Jaan_Tonisson_(Lasteleht), lk 120
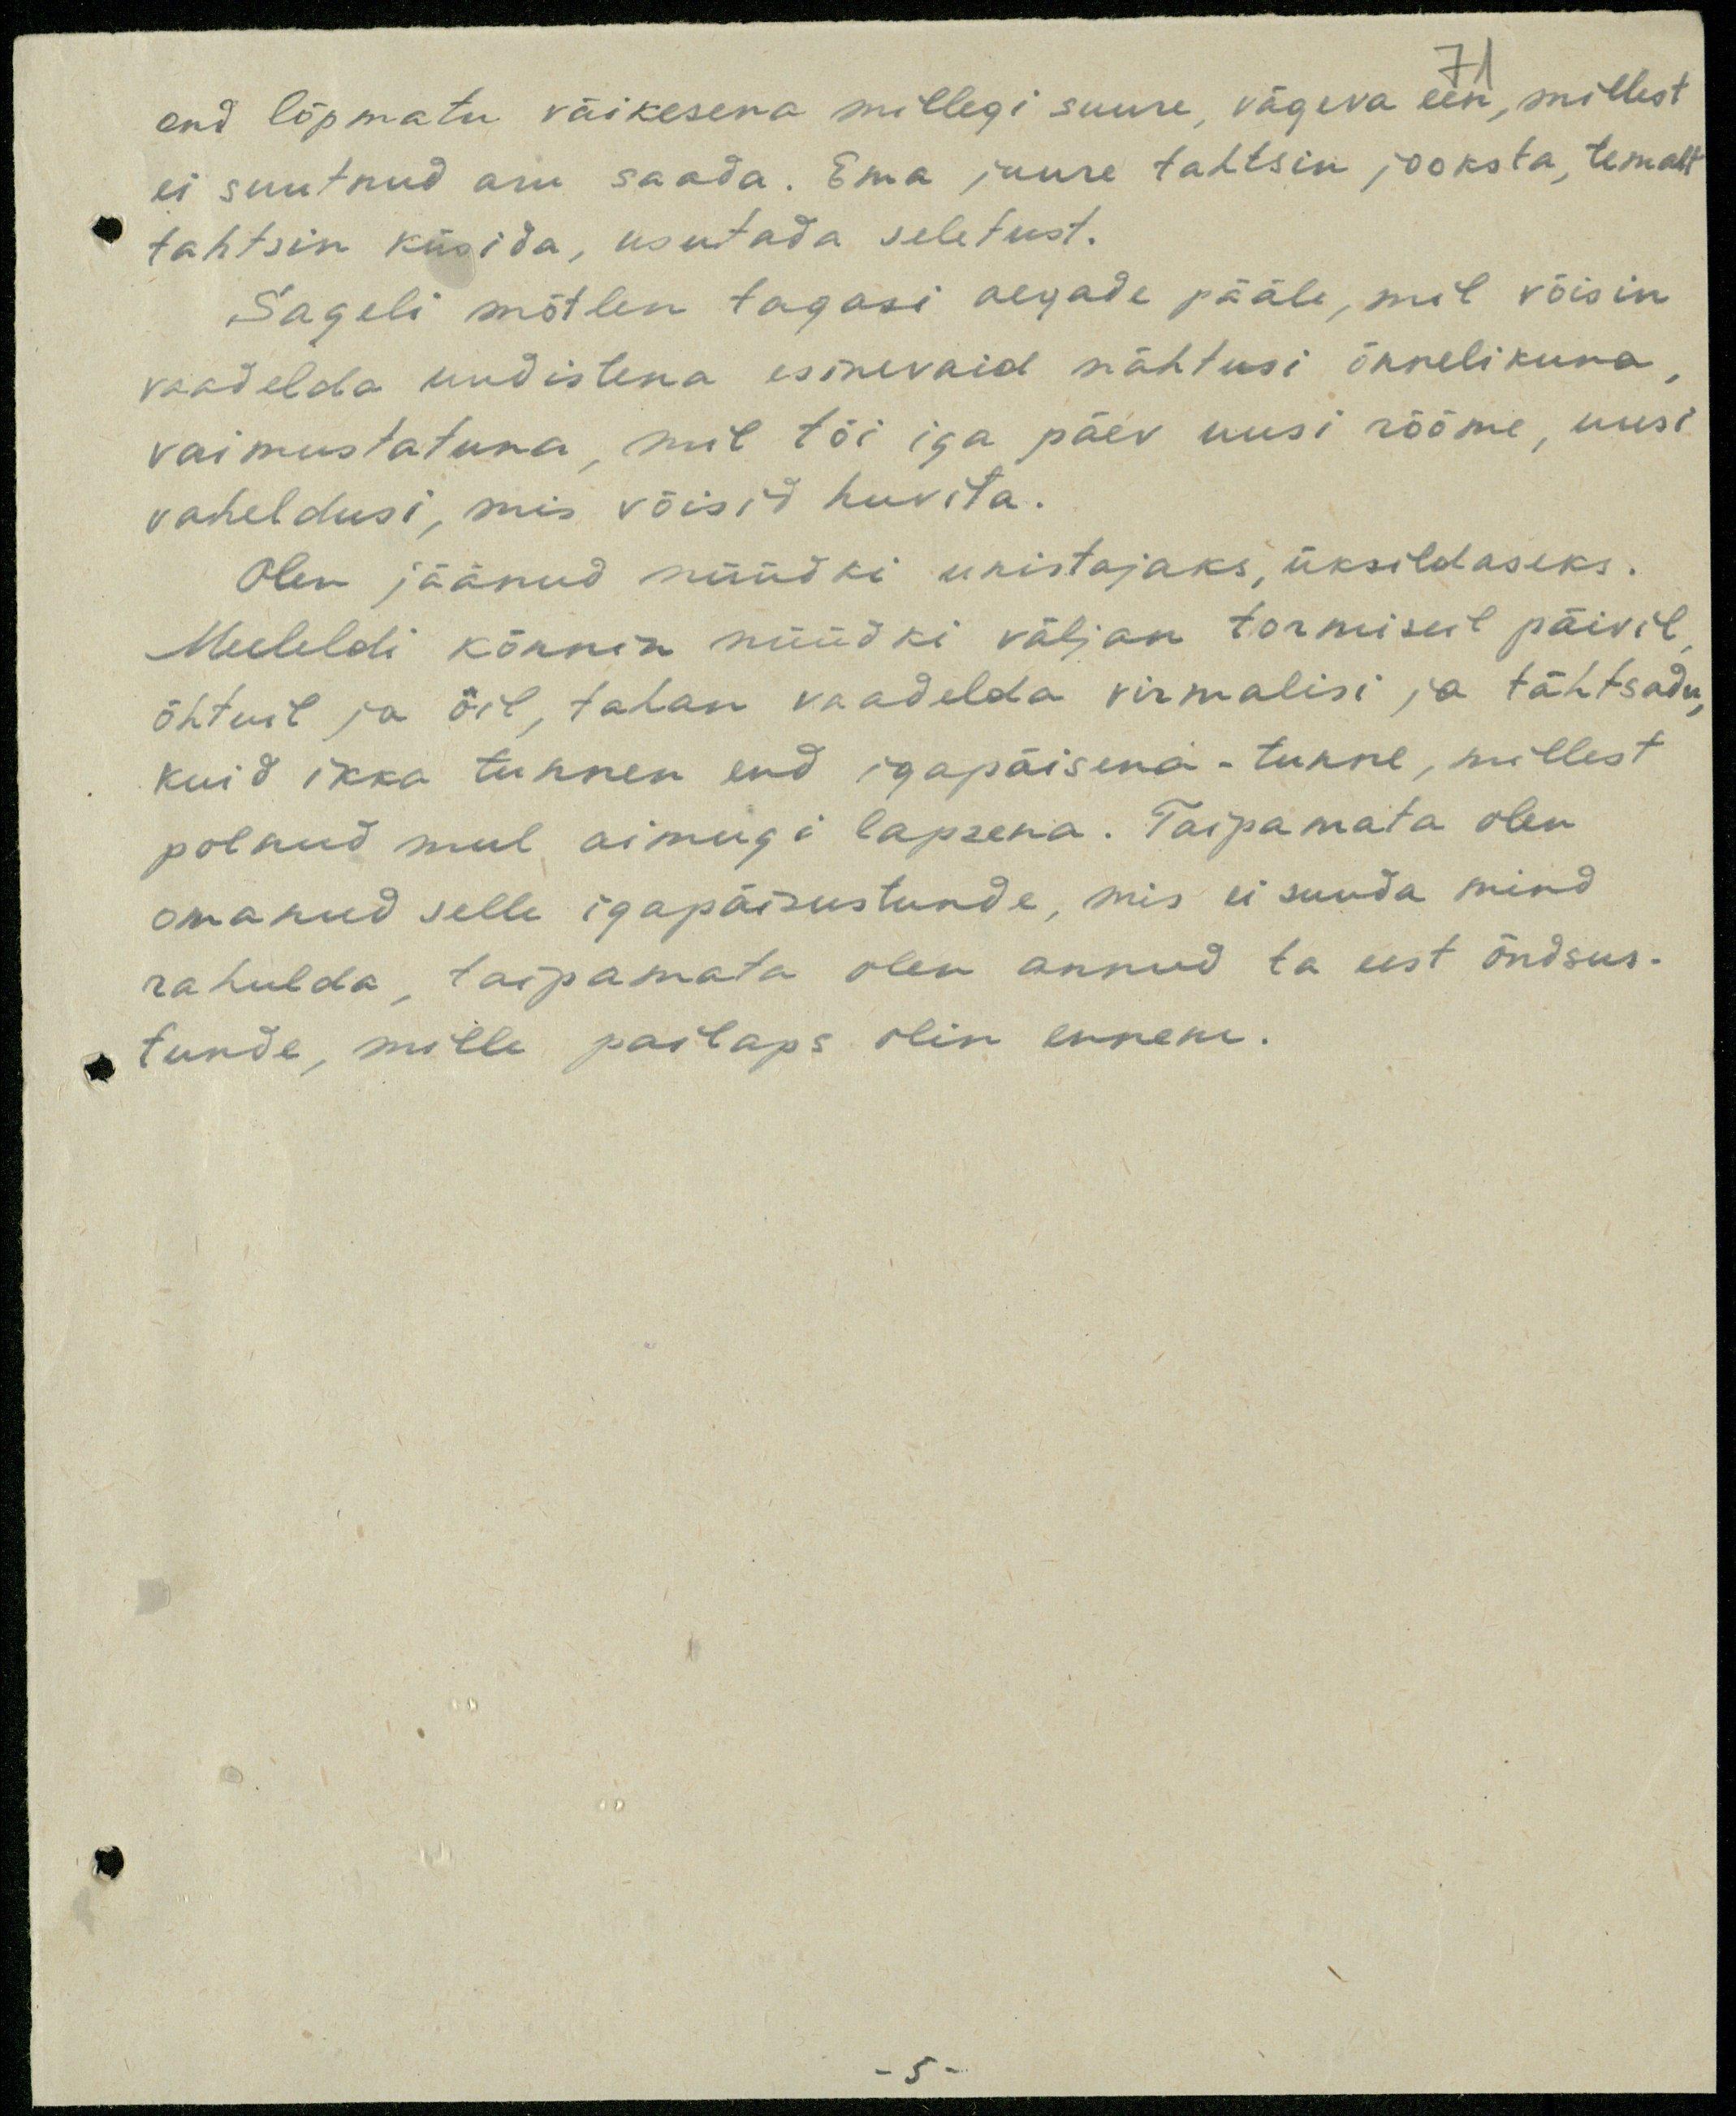
71

end lõpmatu väikesena millegi suure, vägeva een, millest
ei suutnud aru saada. Ema juure tahtsin jooksta, temalt
tahtsin küsida, usutada seletust.
Sageli mõtlen tagasi aegade pääle, mil võisin
vaadelda uudistena esinevaid nähtusi õnnelikuna
vaimustatuna, mil tõi iga päev uusi rõõme, uusi
vaheldusi, mis võisid huvita.
Olen jäänud nüüdki unistajaks, üksildaseks.
Meeleldi kõnnin nüüdki väljan tormiseil päevil
õhtuil ja öil, tahan vaadelda virmalisi ja tähtsadu,
kuid ikka tunnen end igapäisena - tunne, millest
polnud mul aimugi lapsena. Taipamata olen
omanud selle igapäisustunde, mis ei suuda mind
rahulda, taipamata olen annud ta eest õndsus-
tunde, mille pailaps olin ennem.